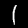
Label: 1